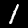
Label: 1